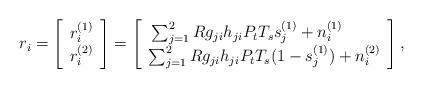
LaTeX: \begin{align*}r_i = \left[\begin{array}{rl} r_i^{(1)} \\r_i^{(2)} \end{array} \right] = \left[\begin{array}{rl} \sum^2_{j=1}R g_{ji}h_{ji}P_t T_s s_j^{(1)} + n_i^{(1)}~~~~~~~ \\\sum^2_{j=1}R g_{ji}h_{ji}P_t T_s (1-s_j^{(1)}) + n_i^{(2)} \end{array} \right],\end{align*}